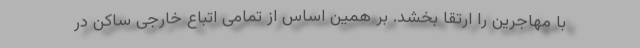
با مهاجرین را ارتقا بخشد. بر همین اساس از تمامی اتباع خارجی ساکن در